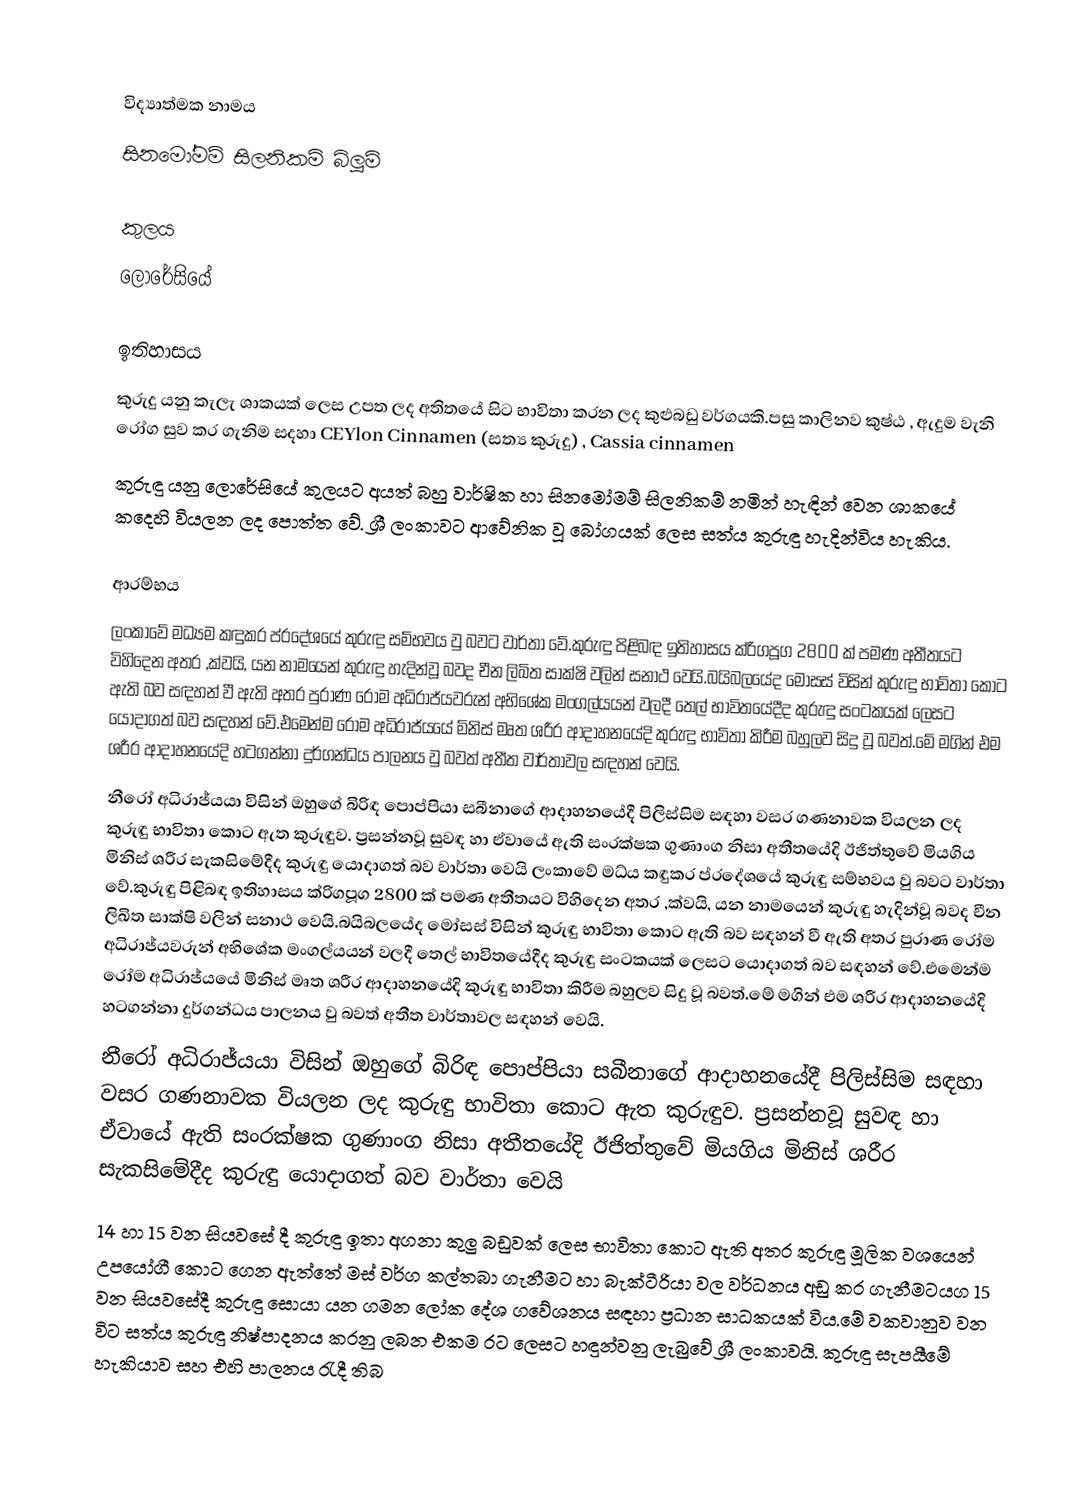

විද්‍යාත්මක නාමය
සිනමෝමම් සිලනිකම් බ්ලූම්

කුලය
ලොරේසියේ

ඉතිහාසය
කුරුදු යනු කැලැ ශාකයක් ලෙස උපත ලද අතිතයේ සිට භාවිතා කරන ලද කුළුබඩු වර්ගයකි.පසු කාලිනව කුෂ්ඨ , ඇදුම වැනි රෝග සුව කර ගැනිම සදහා  CEYlon Cinnamen (සත්‍ය කුරුදු) , Cassia cinnamen
කුරුඳු යනු ලොරේසියේ කුලයට අයත් බහු වාර්ෂික හා සිනමෝමම් සිලනිකම් නමින් හැඳින් වෙන ශාකයේ කදෙහි වියලන ලද පොත්ත වේ. ශ්‍රී  ලංකාවට ආවේනික වූ බෝගයක් ලෙස සත්ය කුරුඳු හැදින්විය හැකිය.

ආරම්භය
ලංකාවේ මධ්‍යම කඳුකර ප්රදේශයේ කුරුඳු සම්භවය වු බවට වාර්තා වේ.කුරුඳු පිළිබඳ ඉතිහාසය ක්රිගපූග 2800 ක් පමණ අතීතයට විහිදෙන අතර ,ක්වයි, යන නාමයෙන් කුරුඳු හැදින්වූ බවද චීන ලිඛිත සාක්ෂි වලින් සනාථ වෙයි.බයිබලයේද මෝසස් විසින් කුරුඳු භාවිතා කොට ඇති බව සඳහන් වී ඇති අතර පුරාණ රෝම අධිරාජ්යවරුන් අභිශේක මංගල්යයන් වලදී තෙල් භාවිතයේදීද කුරුඳු සංටකයක් ලෙසට යොදාගත් බව සඳහන් වේ.එමෙන්ම රෝම අධිරාජ්යයේ මිනිස් මෘත ශරීර ආදාහනයේදි කුරුඳු භාවිතා කිරීම බහුලව සිදු වූ බවත්.මේ මගින් එම ශරීර ආදාහනයේදි හටගන්නා දුර්ගන්ධය පාලනය වු බවත් අතීත වාර්තාවල සඳහන් වෙයි.
නීරෝ අධිරාජ්යයා විසින් ඔහුගේ බිරිඳ පොප්පියා සබීනාගේ ආදාහනයේදී පිලිස්සිම සඳහා වසර ගණනාවක වියලන ලද කුරුඳු භාවිතා කොට ඇත කුරුඳුව.  ප්‍රසන්නවූ සුවඳ හා ඒවායේ ඇති සංරක්ෂක ගුණාංග නිසා අතීතයේදි ඊජිත්තුවේ මියගිය මිනිස් ශරීර සැකසිමේදීද කුරුඳු යොදාගත් බව වාර්තා වෙයි ලංකාවේ මධ්ය කඳුකර ප්රදේශයේ කුරුඳු සම්භවය වු බවට වාර්තා වේ.කුරුඳු පිළිබඳ ඉතිහාසය ක්රිගපූග 2800 ක් පමණ අතීතයට විහිදෙන අතර ,ක්වයි, යන නාමයෙන් කුරුඳු හැදින්වූ බවද චීන ලිඛිත සාක්ෂි වලින් සනාථ වෙයි.බයිබලයේද මෝසස් විසින් කුරුඳු භාවිතා කොට ඇති බව සඳහන් වී ඇති අතර පුරාණ රෝම අධිරාජ්යවරුන් අභිශේක මංගල්යයන් වලදී තෙල් භාවිතයේදීද කුරුඳු සංටකයක් ලෙසට යොදාගත් බව සඳහන් වේ.එමෙන්ම රෝම අධිරාජ්යයේ මිනිස් මෘත ශරීර ආදාහනයේදි කුරුඳු භාවිතා කිරීම බහුලව සිදු වූ බවත්.මේ මගින් එම ශරීර ආදාහනයේදි හටගන්නා දුර්ගන්ධය පාලනය වු බවත් අතීත වාර්තාවල සඳහන් වෙයි.
නීරෝ අධිරාජ්යයා විසින් ඔහුගේ බිරිඳ පොප්පියා සබීනාගේ ආදාහනයේදී පිලිස්සිම සඳහා වසර ගණනාවක වියලන ලද කුරුඳු භාවිතා කොට ඇත කුරුඳුව.  ප්‍රසන්නවූ සුවඳ හා ඒවායේ ඇති සංරක්ෂක ගුණාංග නිසා අතීතයේදි ඊජිත්තුවේ මියගිය මිනිස් ශරීර සැකසිමේදීද කුරුඳු යොදාගත් බව වාර්තා වෙයි
14 හා 15 වන සියවසේ දී කුරුඳු ඉතා අගනා කුලු බඩුවක් ලෙස භාවිතා කොට ඇති අතර කුරුඳු මූලික වශයෙන් උපයෝගී කොට ගෙන ඇත්තේ මස් වර්ග කල්තබා ගැනීමට හා බැක්ටීරියා වල වර්ධනය අඩු කර ගැනීමටයග 15 වන සියවසේදී කුරුඳු සොයා යන ගමන ලෝක දේශ ගවේශනය සඳහා ප්‍රධාන සාධකයක් විය.මේ වකවානුව වන විට සත්ය කුරුඳු නිෂ්පාදනය කරනු ලබන එකම රට ලෙසට හඳුන්වනු ලැබුවේ ශ්‍රී ලංකාවයි. කුරුඳු සැපයීමේ හැකියාව සහ එහි පාලනය රැදී තිබ